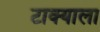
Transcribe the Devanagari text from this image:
टाक्याला